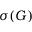
\sigma ( G )